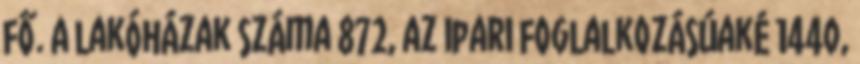
fő. A lakóházak száma 872, az ipari foglalkozásúaké 1440,